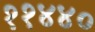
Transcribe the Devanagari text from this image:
११४४०